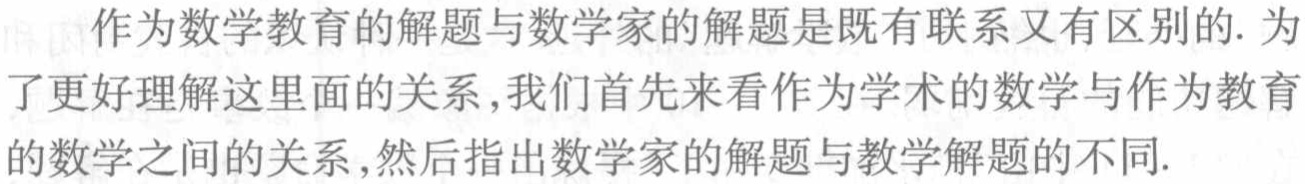
作为数学教育的解题与数学家的解题是既有联系又有区别的. 为了更好理解这里面的关系, 我们首先来看作为学术的数学与作为教育的数学之间的关系, 然后指出数学家的解题与教学解题的不同.